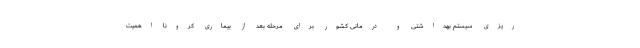
ریزی سیستم بهداشتی و درمانی کشور برای مرحله بعد از بیماری کرونا اهمیت